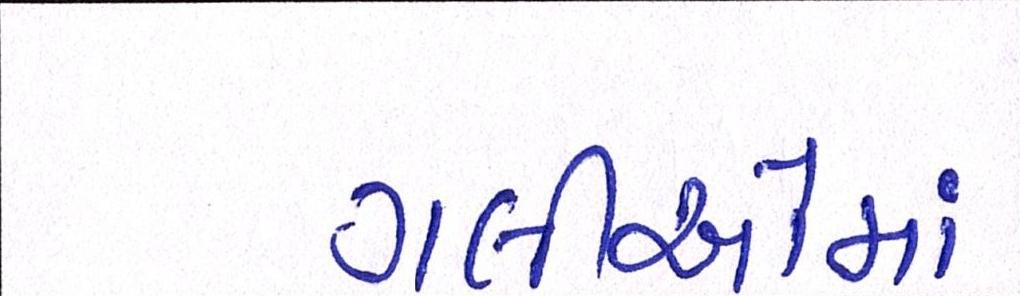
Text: ગલીઓમાં